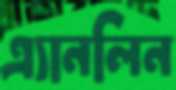
এ্যানলিন